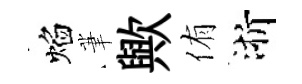
焰茟歟侑浙